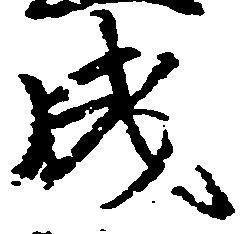
成